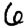
Digit: 6